Civil Veterinary Department. Madras. Admin. report 1926-33 - 1926-1933
Year: 1926
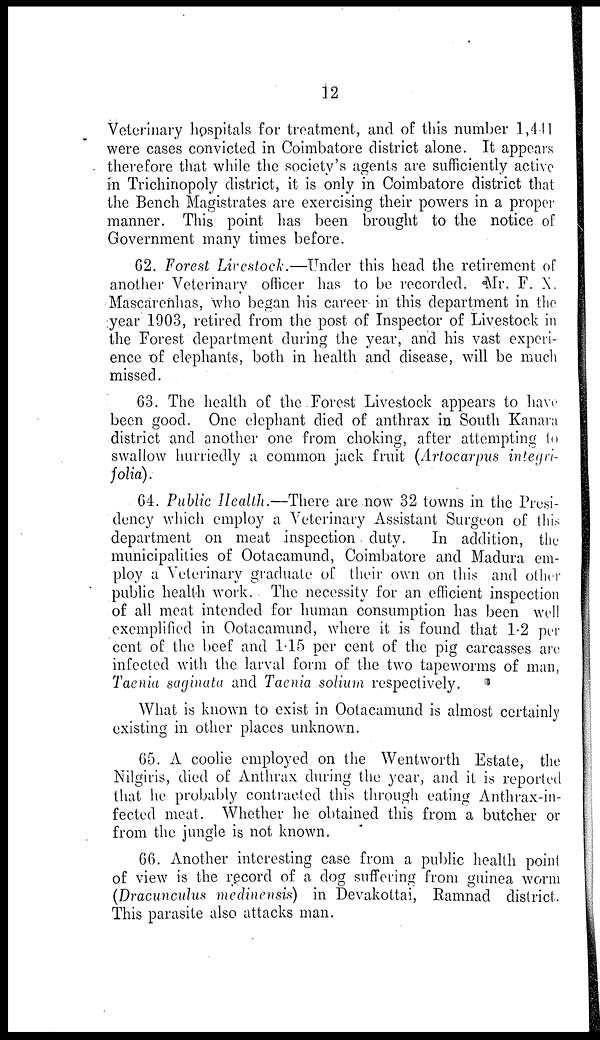
12
Veterinary hospitals for treatment, and of this number 1,441
were cases convicted in Coimbatore district alone. It appears
therefore that while the society's agents are sufficiently active
in Trichinopoly district, it is only in Coimbatore district that
the Bench Magistrates are exercising their powers in a proper
manner. This point has been brought to the notice of
Government many times before.
62. Forest Livestock.—Under this head the retirement of
another Veterinary officer has to be recorded. Mr. F. X.
Mascarenhas, who began his career in this department in the
year 1903, retired from the post of Inspector of Livestock in
the Forest department during the year, and his vast experi-
ence of elephants, both in health and disease, will be much
missed.
63. The health of the Forest Livestock appears to have
been good. One elephant died of anthrax in South Kanava
district and another one from choking, after attempting to
swallow hurriedly a common jack fruit (Artocarpus integri-
folia).
64. Public Health.—There are now 32 towns in the Presi-
dency which employ a Veterinary Assistant Surgeon of this
department on meat inspection duty.
In addition, the
municipalities of Ootacamund, Coimbatore and Madura em-
ploy a Veterinary graduate of their own on this and other
public health work. The necessity for an efficient inspection
of all meat intended for human consumption has been well
exemplified in Ootacamund, where it is found that 1.2 per
cent of the beef and 1.15 per cent of the pig carcasses are
infected with the larval form of the two tapeworms of man,
Taenia saginata and Taenia solium respectively.
What is known to exist in Ootacamund is almost certainly
existing in other places unknown.
65. A coolie employed on the Wentworth Estate, the
Nilgiris, died of Anthrax during the year, and it is reported
that he probably contracted this through eating Anthrax-in-
fected meat. Whether he obtained this from a butcher or
from the jungle is not known.
66. Another interesting case from a public health point
of view is the record of a dog suffering from guinea worm
(Dracunculus medinensis) in Devakottai, Eamnad district.
This parasite also attacks man.